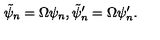
\tilde { \psi } _ { n } = \Omega \psi _ { n } , \tilde { \psi } _ { n } ^ { \prime } = \Omega \psi _ { n } ^ { \prime } .